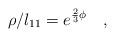
LaTeX: \begin{align*} \rho/l_{11} =e^{\frac{2}{3}\phi} \quad ,\end{align*}